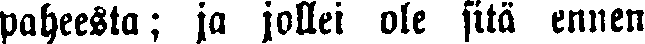
paheesta; ja jollei ole sitä ennen